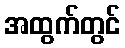
အထွက်တွင်